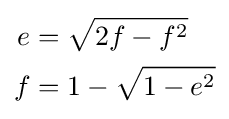
{\begin{aligned}e&={\sqrt {2f-f^{2}}}\\f&=1-{\sqrt {1-e^{2}}}\end{aligned}}